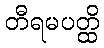
တီရမပတ္ထိ